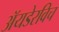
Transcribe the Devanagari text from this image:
अॅयडेरविच